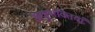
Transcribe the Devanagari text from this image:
अणुशक्तियाँ